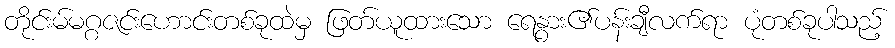
တိုင်းမ်မဂ္ဂဇင်းဟောင်းတစ်ခုထဲမှ ဖြတ်ယူထားသော ရေနွား၏ပန်းချီလက်ရာ ပုံတစ်ခုပါသည့်